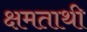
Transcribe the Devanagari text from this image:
क्षमताथी